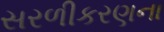
સરળીકરણના